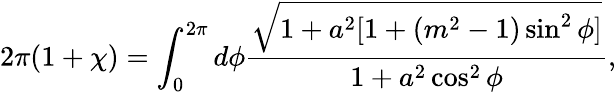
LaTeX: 2\pi(1+\chi)=\int_{0}^{2\pi}d\phi\frac{\sqrt{1+a^{2}[1+(m^{2}-1)\sin^{2}\phi]}}{1+a^{2}\cos^{2}\phi},